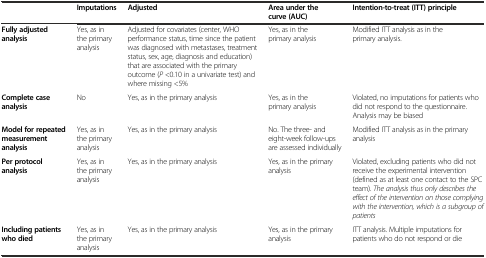
<table><thead><tr><td></td><td><b>Imputations</b></td><td><b>Adjusted</b></td><td><b>Area under the curve (AUC)</b></td><td><b>Intention-to-treat (ITT) principle</b></td></tr></thead><tbody><tr><td><b>Fully adjusted analysis</b></td><td>Yes, as in the primary analysis</td><td>Adjusted for covariates (center, WHO performance status, time since the patient was diagnosed with metastases, treatment status, sex, age, diagnosis and education) that are associated with the primary outcome (<i>P</i> &lt;0.10 in a univariate test) and where missing &lt;5%</td><td>Yes, as in the primary analysis</td><td>Modified ITT analysis as in the primary analysis.</td></tr><tr><td><b>Complete case analysis</b></td><td>No</td><td>Yes, as in the primary analysis</td><td>Yes, as in the primary analysis</td><td>Violated, no imputations for patients who did not respond to the questionnaire. Analysis may be biased</td></tr><tr><td><b>Model for repeated measurement analysis</b></td><td>Yes, as in the primary analysis</td><td>Yes, as in the primary analysis</td><td>No. The three- and eight-week follow-ups are assessed individually</td><td>Modified ITT analysis as in the primary analysis</td></tr><tr><td><b>Per protocol analysis</b></td><td>Yes, as in the primary analysis</td><td>Yes, as in the primary analysis</td><td>Yes, as in the primary analysis</td><td>Violated, excluding patients who did not receive the experimental intervention (defined as at least one contact to the SPC team). <i>The analysis thus only describes the effect of the intervention on those complying with the intervention, which is a subgroup of patients</i></td></tr><tr><td><b>Including patients who died</b></td><td>Yes, as in the primary analysis</td><td>Yes, as in the primary analysis</td><td>Yes, as in the primary analysis</td><td>ITT analysis. Multiple imputations for patients who do not respond or die</td></tr></tbody></table>